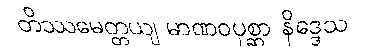
တိဿမေတ္တယျ မာဏဝပုစ္ဆာ နိဒ္ဒေသ